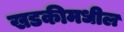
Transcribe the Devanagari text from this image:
खडकीमधील